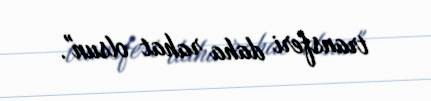
transferi daha rahat olsun".